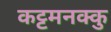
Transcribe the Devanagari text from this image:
कट्टमनक्कु